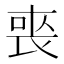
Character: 𭈬